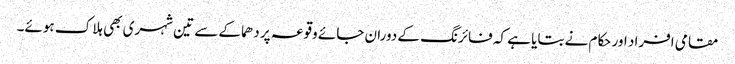
مقامی افراد اور حکام نے بتایا ہے کہ فائرنگ کے دوران جائے وقوعہ پر دھماکے سے تین شہری بھی ہلاک ہوئے۔